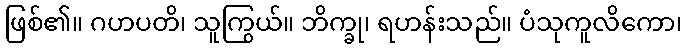
ဖြစ်၏။ ဂဟပတိ၊ သူကြွယ်။ ဘိက္ခု၊ ရဟန်းသည်။ ပံသုကူလိကော၊